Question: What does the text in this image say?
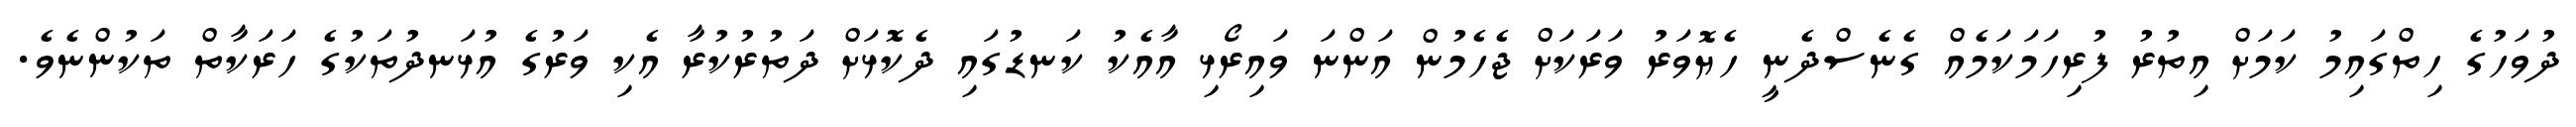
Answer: ދުވަހުގެ ހިތްގައިމު ކަމަށް އިތުރު ފުރިހަމަކަމެއް ގެނެސްދެނީ ހެޔޮވަރު ވަރަކަށް ޖެހެމުން އަންނަ ވައިރޯޅި އާއެކު ކަނޑުގައި ދެކޮޅަށް ދަތުރުކުރާ އެކި ވަރުގެ އުޅަނދުތަކުގެ ހަރަކާތް ތަކުންނެވެ.